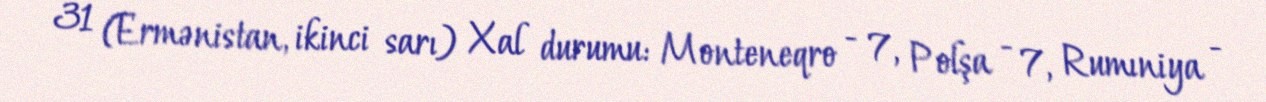
31 (Ermənistan, ikinci sarı) Xal durumu: Monteneqro - 7, Polşa - 7, Rumıniya -